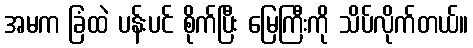
အမက ခြံထဲ ပန်းပင် စိုက်ပြီး မြေကြီးကို သိပ်လိုက်တယ်။